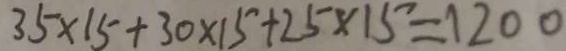
3 5 \times 1 5 + 3 0 \times 1 5 + 2 5 \times 1 5 = 1 2 0 0